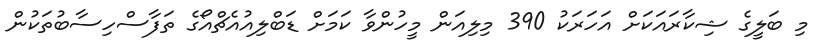
މި ބަލީގެ ޝިކާރައަކަށް އަހަރަކު 390 މިލިއަން މީހުންވާ ކަމަށް ޑަބްލިއުއެޗްއޯގެ ތަފާސްހިސާބުތަކުން